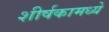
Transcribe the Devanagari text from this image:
शीर्षकामध्ये